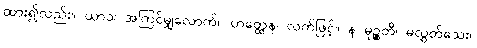
ထား၍လည်း။ ယာဝ၊ အကြင်မျှလောက်။ ဟတ္ထေန၊ လက်ဖြင့်။ န မုဉ္စတိ၊ မလွှတ်သေး။